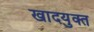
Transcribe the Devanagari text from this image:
खादयुक्त